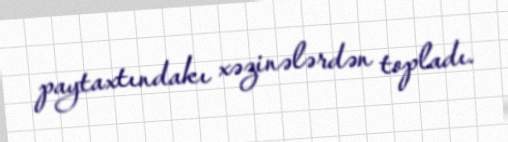
paytaxtındakı xəzinələrdən topladı.